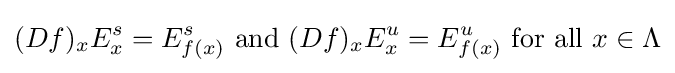
(Df)_{x}E_{x}^{s}=E_{f(x)}^{s}{\text{ and }}(Df)_{x}E_{x}^{u}=E_{f(x)}^{u}{\text{ for all }}x\in \Lambda